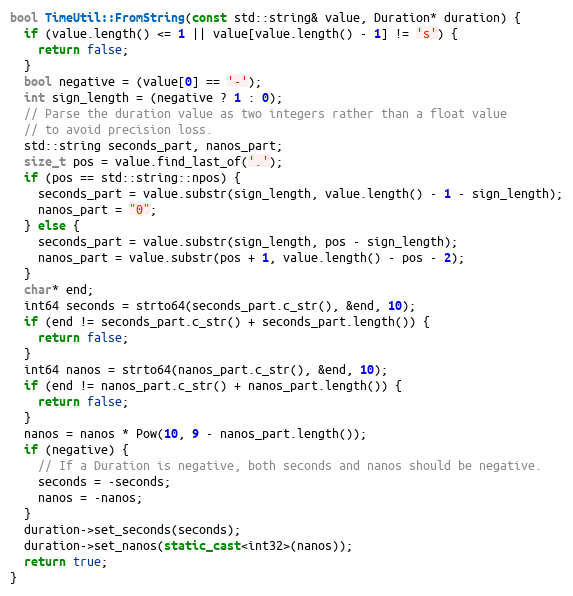
Language: C++
bool TimeUtil::FromString(const std::string& value, Duration* duration) {
  if (value.length() <= 1 || value[value.length() - 1] != 's') {
    return false;
  }
  bool negative = (value[0] == '-');
  int sign_length = (negative ? 1 : 0);
  // Parse the duration value as two integers rather than a float value
  // to avoid precision loss.
  std::string seconds_part, nanos_part;
  size_t pos = value.find_last_of('.');
  if (pos == std::string::npos) {
    seconds_part = value.substr(sign_length, value.length() - 1 - sign_length);
    nanos_part = "0";
  } else {
    seconds_part = value.substr(sign_length, pos - sign_length);
    nanos_part = value.substr(pos + 1, value.length() - pos - 2);
  }
  char* end;
  int64 seconds = strto64(seconds_part.c_str(), &end, 10);
  if (end != seconds_part.c_str() + seconds_part.length()) {
    return false;
  }
  int64 nanos = strto64(nanos_part.c_str(), &end, 10);
  if (end != nanos_part.c_str() + nanos_part.length()) {
    return false;
  }
  nanos = nanos * Pow(10, 9 - nanos_part.length());
  if (negative) {
    // If a Duration is negative, both seconds and nanos should be negative.
    seconds = -seconds;
    nanos = -nanos;
  }
  duration->set_seconds(seconds);
  duration->set_nanos(static_cast<int32>(nanos));
  return true;
}